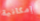
إمكانية